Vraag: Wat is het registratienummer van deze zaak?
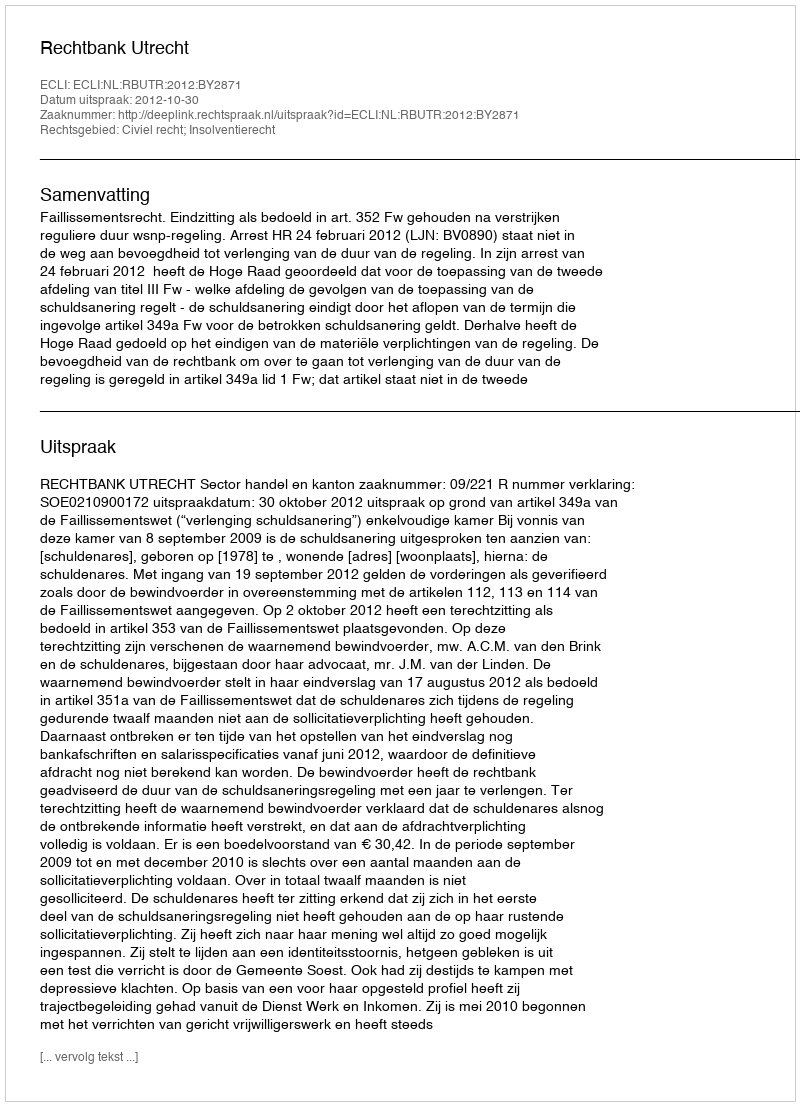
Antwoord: http://deeplink.rechtspraak.nl/uitspraak?id=ECLI:NL:RBUTR:2012:BY2871